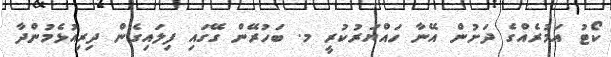
ކޯޓު އަމުރެއްގެ ދަށުން އޭނާ ހައްޔަރުކުރީ މ. ބަހުރޭން ގޭގައި ފިލައިގެން ދިރިއުޅެމުންދާ